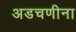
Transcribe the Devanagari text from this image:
अडचणीना